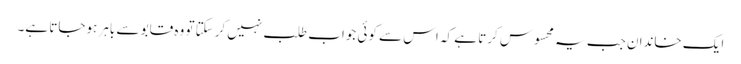
ایک خاندان جب یہ محسوس کرتا ہے کہ اس سے کوئی جواب طلب نہیں کرسکتا تو وہ قابو سے باہر ہوجاتا ہے۔